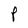
Character: P